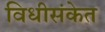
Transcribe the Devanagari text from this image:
विधीसंकेत